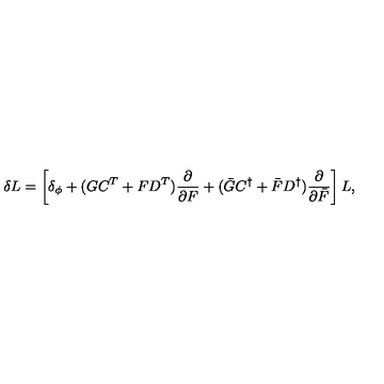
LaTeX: \delta L = \left[ \delta _ { \phi } + ( G C ^ { T } + F D ^ { T } ) \frac { \partial } { \partial F } + ( \bar { G } C ^ { \dagger } + \bar { F } D ^ { \dagger } ) \frac { \partial } { \partial \bar { F } } \right] L ,